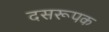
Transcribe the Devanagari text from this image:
दसरूपक